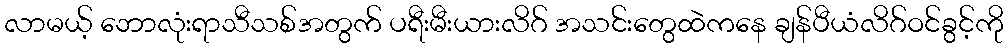
လာမယ့် ဘောလုံးရာသီသစ်အတွက် ပရီးမီးယားလိဂ် အသင်းတွေထဲကနေ ချန်ပီယံလိဂ်ဝင်ခွင့်ကို